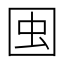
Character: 𱕺